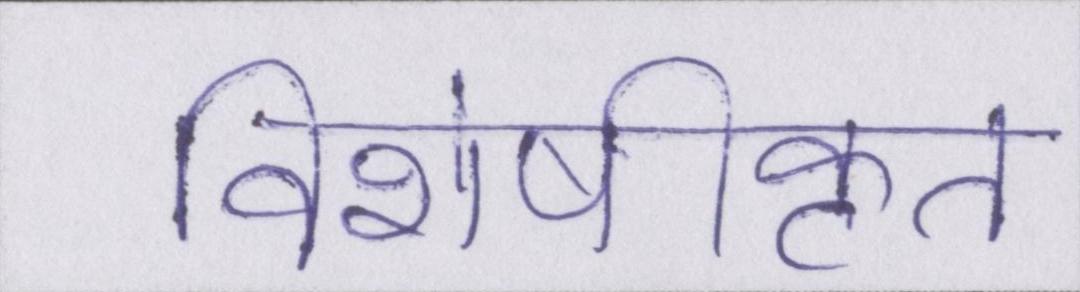
विशेषीकृत